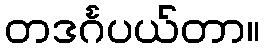
တဒင်္ဂပယ်တာ။